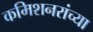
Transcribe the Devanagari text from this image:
कमिशनरांच्या